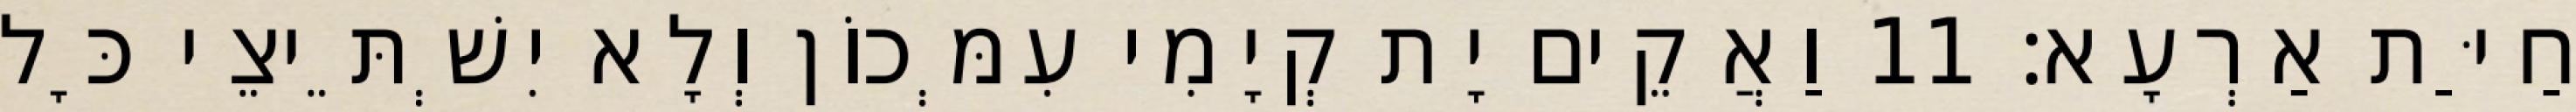
חַיַּת אַרְעָא׃ 11 וַאֲקֵים יָת קְיָמִי עִמְּכוֹן וְלָא יִשְׁתֵּיצֵי כָּל